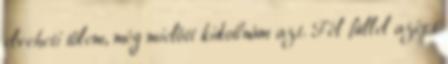
elveheti tőlem, még mielőtt kidobnám azt. Fél füllel azért